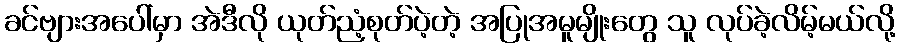
ခင်ဗျားအပေါ်မှာ အဲဒီလို ယုတ်ညံ့စုတ်ပဲ့တဲ့ အပြုအမူမျိုးတွေ သူ လုပ်ခဲ့လိမ့်မယ်လို့